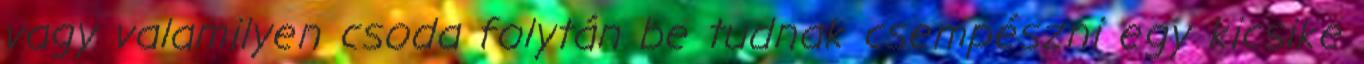
vagy valamilyen csoda folytán be tudnak csempészni egy kicsike